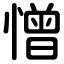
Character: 憎